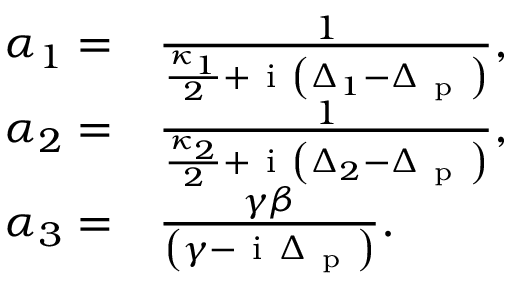
\begin{array} { r l } { \alpha _ { 1 } = } & { { } \frac { 1 } { \frac { \kappa _ { 1 } } { 2 } + \mathrm { ~ i ~ } \left( \Delta _ { 1 } - \Delta _ { \mathrm { ~ p ~ } } \right) } , } \\ { \alpha _ { 2 } = } & { { } \frac { 1 } { \frac { \kappa _ { 2 } } { 2 } + \mathrm { ~ i ~ } \left( \Delta _ { 2 } - \Delta _ { \mathrm { ~ p ~ } } \right) } , } \\ { \alpha _ { 3 } = } & { { } \frac { \gamma \beta } { \left( \gamma - \mathrm { ~ i ~ } \Delta _ { \mathrm { ~ p ~ } } \right) } . } \end{array}